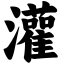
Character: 灌